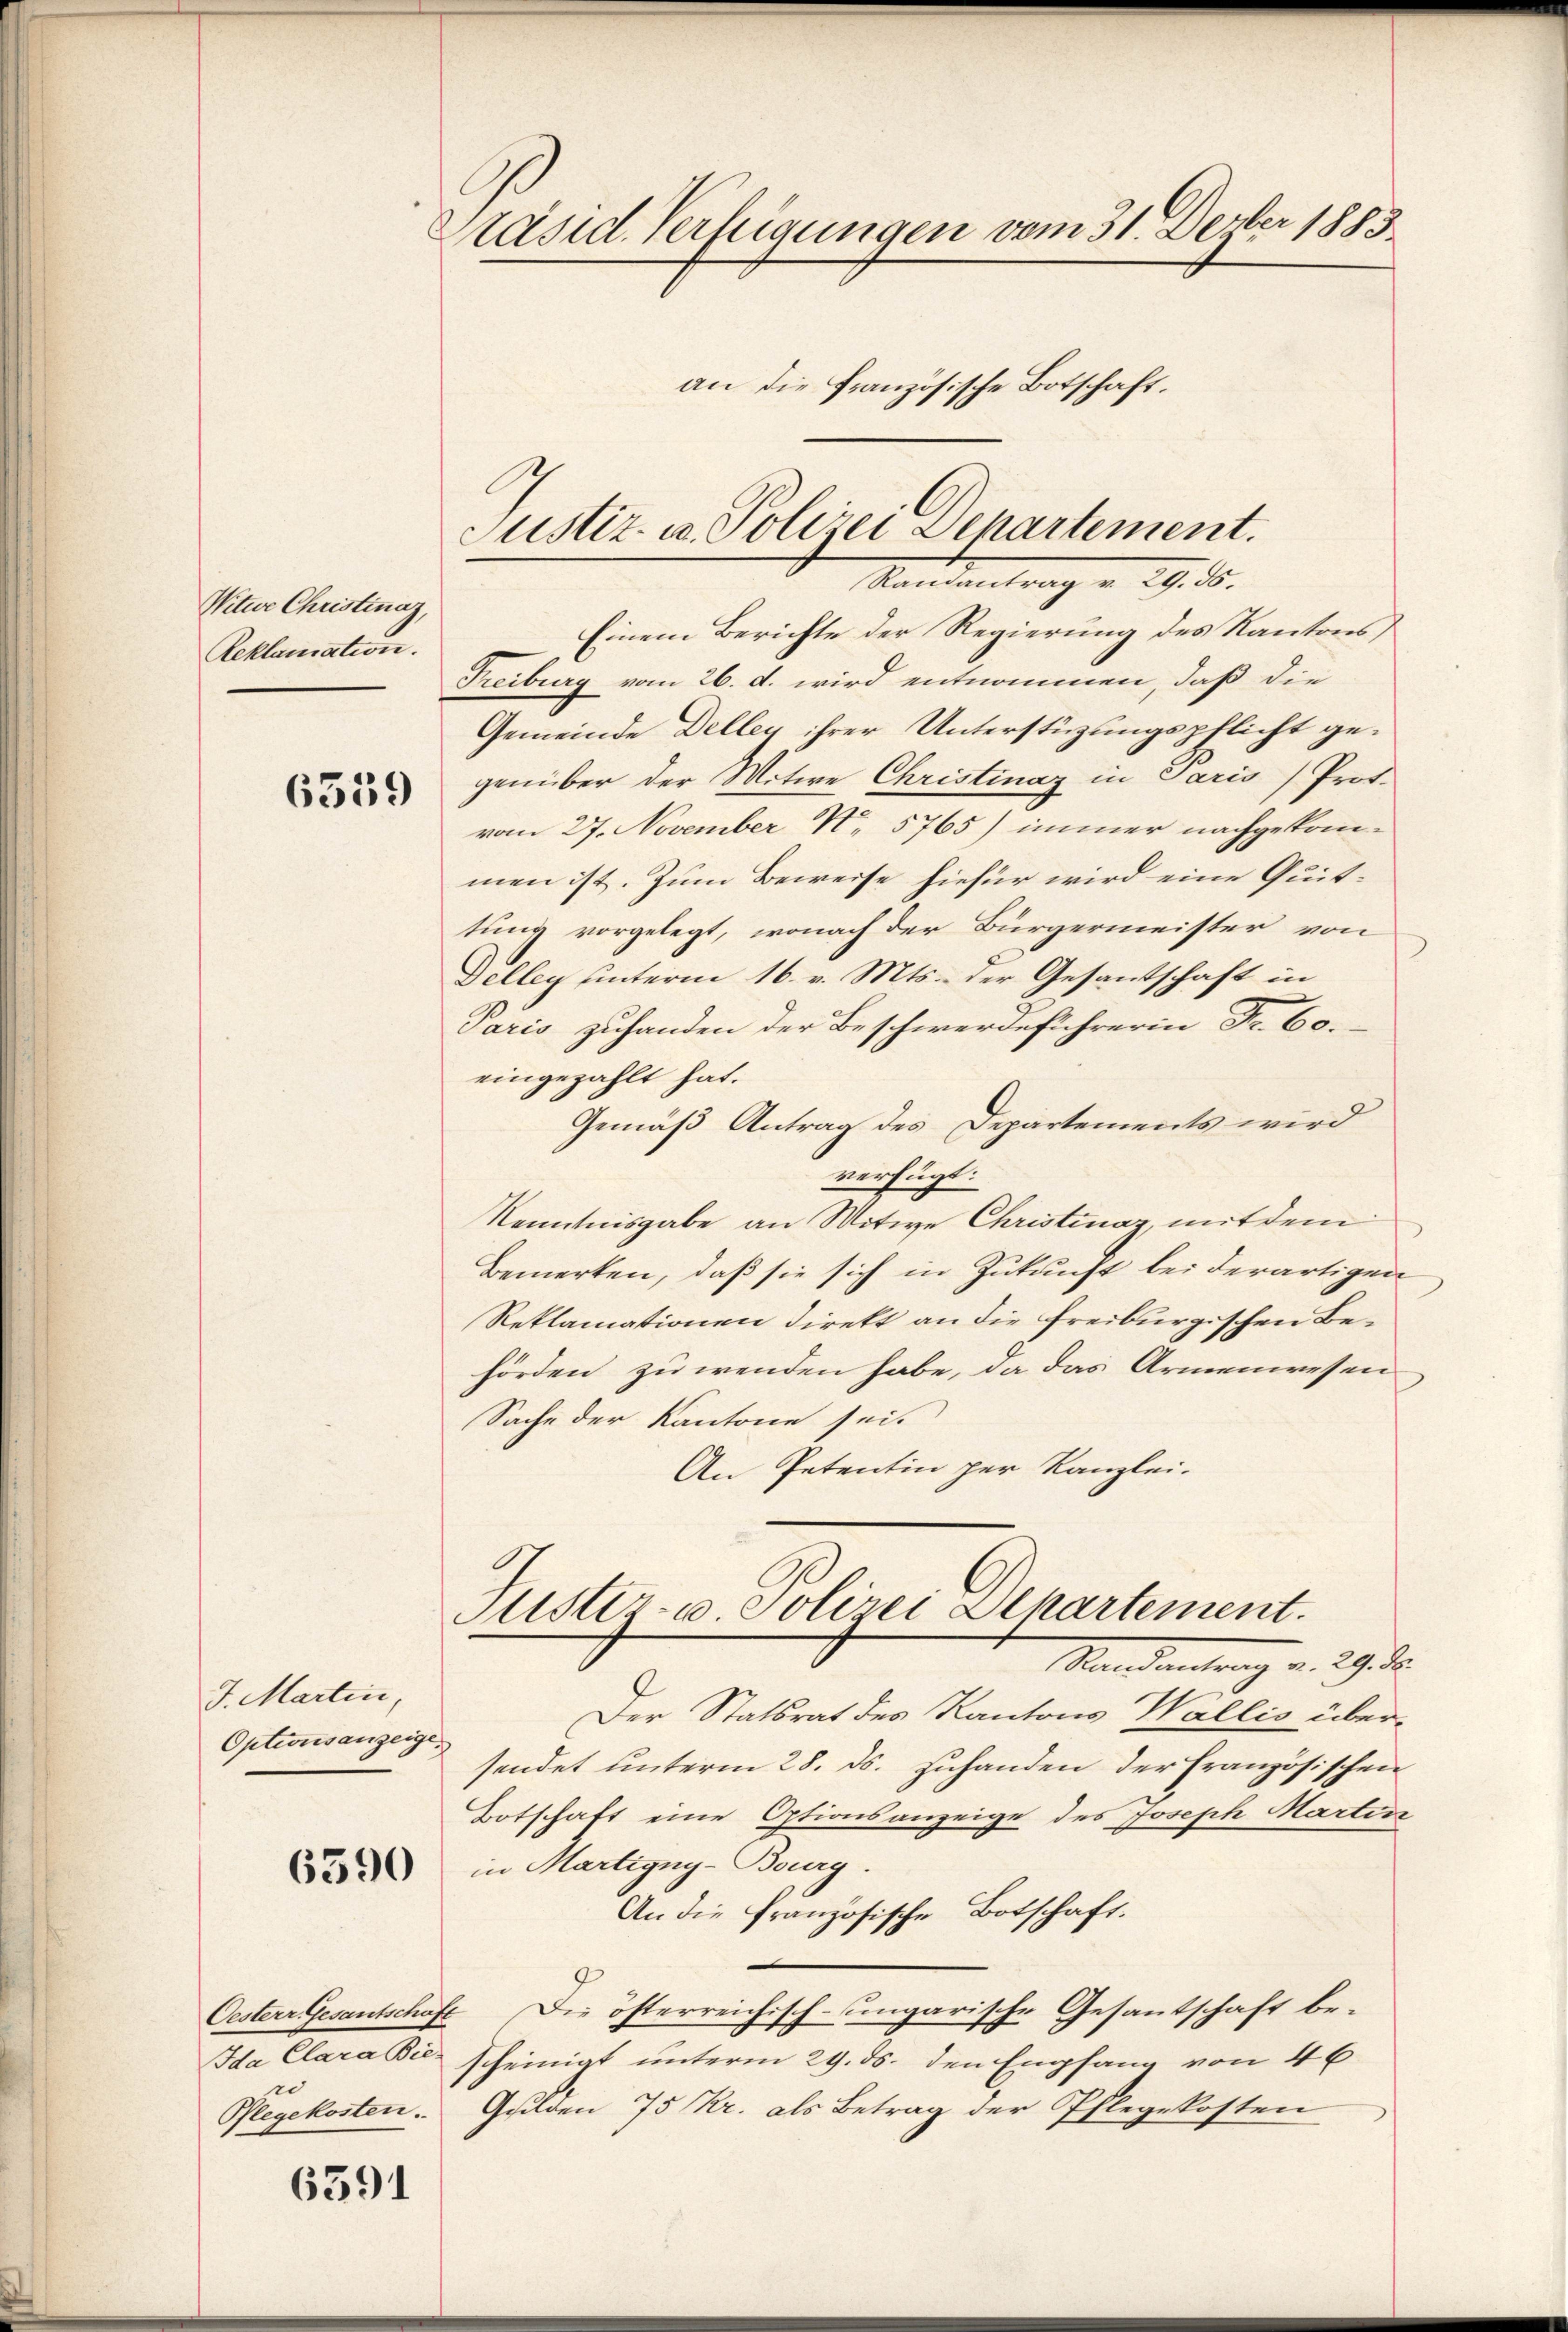
Nitwe Christinaz,
Reklamation.

6559

J. Martin,
Optionsanzeige,

6590

Ida Clara Bie
re
Pflegekosten.

6591

Präsid. Verfügungen vom 31. Devber 1883.
an die französische Botschaft.

C

Justiz- u. Polizei Separtement.
Mandantrag v. 29. d.

Einem Berichte der Regierung des Kantons,
Freiburg vom 26. d. wird entnommen, daß die
Gemeinde Dellen ihrer Unterstüzungspflicht gegenüber der Witwe Christinaz in Paris Prof.
vom 27. November N. 5765) immer nachgekommen ist. Zum Beweise hiefür wird eine Quittung vorgelegt, wonach der Bürgermeister von
Delleg unterm 16. v. Mts. der Gesantschaft in
Paris zuhanden der Beschwerdeführerin Fr. 60.
eingezahlt hat.
Gemäß Antrag des Departements wird
verfügt:
Kenntnisgabe an Witwe Christinaz, mit dem
Bemerken, daß sie sich in Zukunft bei derartigen
Reklamationen direkt an die freiburgischen Behörden zu wenden habe, da das Armenwesen
Sache der Kantone seit
An Petentin per Kanzlei-
Justiz- u. Polizei Alkartement.
Mandantrag v. 29. d.
Der Statsrat des Kantons Wallis über-
sendet unterm 28. ds. zuhanden der Französischen
Botschaft eine Optionsanzeige des Joseph Martin
in Martigny-Burg.
An die Französische Botschaft.
Oesterr Gesantschaft. Die österreichisch-ungarische Gesantschaft be-
scheinigt unterm 29. ds. den Empfang von 46
Gulden 75 Kr. als Betrag der Pflegekosten